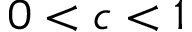
0 < c < 1